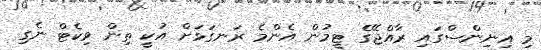
މި އިނިންސްގައި ރާއްޖޭގެ ޓީމުން އެންމެ ރަނގަޅަށް އުކީ ތިން ވިކެޓް ނެގި